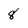
Character: 8